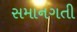
સમાનગતી